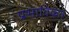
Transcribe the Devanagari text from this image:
प्रभाविकत